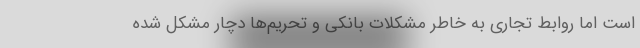
است اما روابط تجاری به خاطر مشکلات بانکی و تحریم‌ها دچار مشکل شده